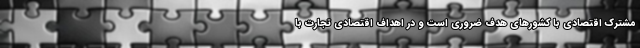
مشترک اقتصادی با کشورهای هدف ضروری است و در اهداف اقتصادی تجارت با